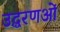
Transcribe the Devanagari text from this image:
उद्धरणओं